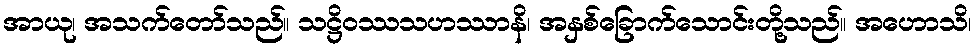
အာယု၊ အသက်တော်သည်။ သဋ္ဌိဝဿသဟဿာနိ၊ အနှစ်ခြောက်သောင်းတို့သည်။ အဟောသိ၊